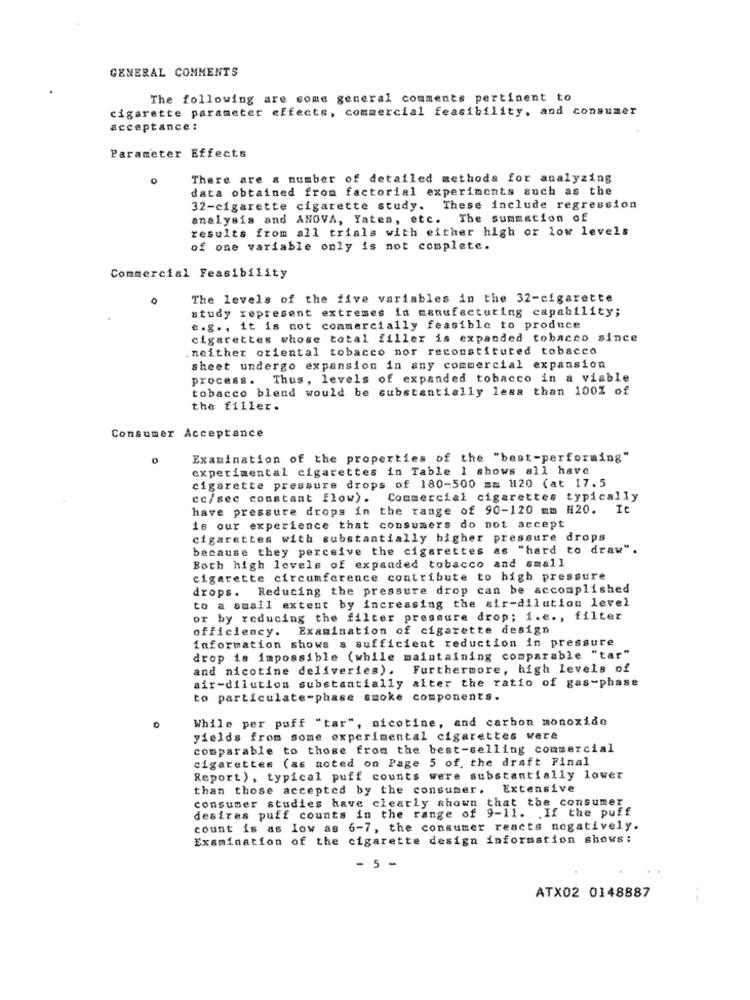
GENERAL COMMENTS
The following are some general comments pertinent to
cigarette parameter effects, commercial feasibility, and consumer
acceptance :
Parameter Effects
There are a number of detailed methods for analyzing
data obtained from factorial experiments such as the
32-cigarette cigarette study. These include regression
analysis and ANOVA, Yates, etc. The summation of
results from all trials with either high or low levels
of one variable only is not complete.
Commercial Feasibility
The levels of the five variables in the 32-cigarette
study represent extremes in manufacturing capability;
e.g ., it is not commercially feasible to produce
cigarettes whose total filler is expanded tobacco since
.neither oriental tobacco nor reconstituted tobacco
sheet undergo expansion in any commercial expansion
process. Thus, levels of expanded tobacco in a viable
tobacco blend would be substantially less than 100% of
the filler.
Consumer Acceptance
Examination of the properties of the "best-performing"
experimental cigarettes in Table 1 shows all have
cigarette pressure drops of 180-500 mm 1120 (at 17.5
cc/sec constant flow). Commercial cigarettes typically
have pressure drops in the range of 90-120 mm H20. It
is our experience that consumers do not accept
cigarettes with substantially higher pressure drops
because they perceive the cigarettes as "hard to draw".
Both high levels of expanded tobacco and small
cigarette circumference contribute to high pressure
drops. Reducing the pressure drop can be accomplished
to a small extent by increasing the air-dilution level
or by reducing the filter pressure drop; i.e ., filter
officiency. Examination of cigarette design
information shows & sufficient reduction in pressure
drop is impossible (while maintaining comparable "tar"
and nicotine deliveries). Furthermore, high levels of
air-dilution substantially alter the ratio of gas-phase
to particulate-phase smoke components.
While per puff "tar", nicotine, and carbon monoxide
yields from some experimental cigarettes were
comparable to those from the best-selling commercial
cigarettes (as noted on Page 5 of. the draft Final
Report), typical puff counts were substantially lower
than those accepted by the consumer. Extensive
consumer studies have clearly shown that the consumer
desires puff counts in the range of 9-11. If the puff
count is as low as 6-7, the consumer reacts negatively.
Examination of the cigarette design information shows:
- 5 -
ATX02 0148887